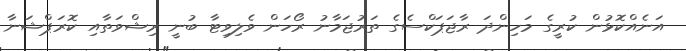
އަނެއްކޮޅުން ކުރީގެ މަހިންދަ ރާޖަޕަކްސެގެ ތަރުޖަމާނު ރޯހަން ވެލިވިޓާ ބުނީ ރިޝްވަތާއި ކޮރަޕްޝަނާ